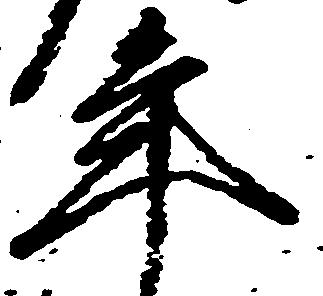
年